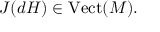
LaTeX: J ( d H ) \in { \mathrm { V e c t } } ( M ) .